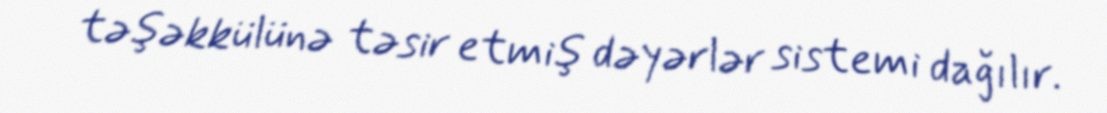
təşəkkülünə təsir etmiş dəyərlər sistemi dağılır.